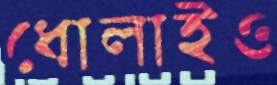
ধোলাইও